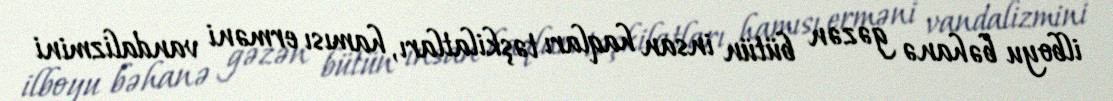
ilboyu bəhanə gəzən bütün insan haqları təşkilatları, hamısı erməni vandalizmini